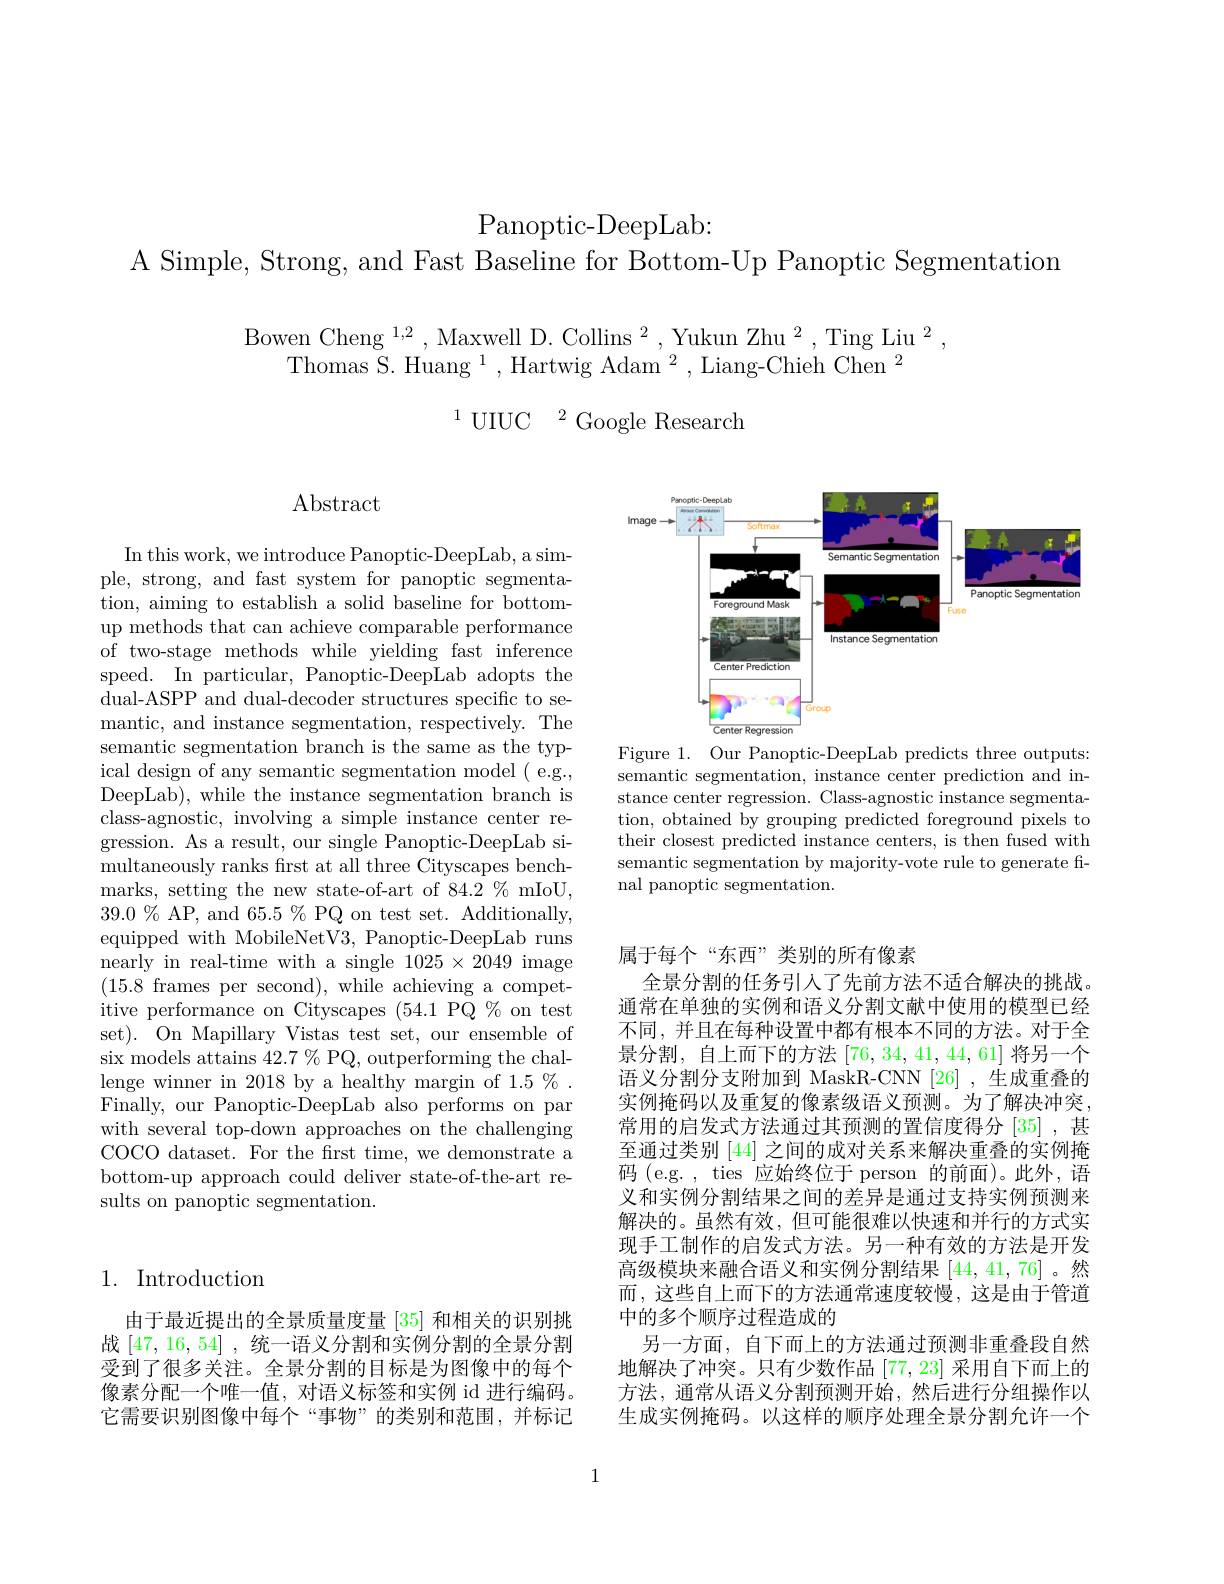
Panoptic-DeepLab:

A Simple, Strong, and Fast Baseline for Bottom-Up Panoptic Segmentation

Bowen Cheng $^1,2$,Maxwell D. Collins$^2$,Yukun Zhu$^2$,Ting Liu$^2$
Thomas S. Huang $^1$,Hartwig Adam$^2$,Liang-Chieh Chen$^2$

$^{1}$UIUC$^2$Google Research

$\operatorname{Abstract}$

<FigureHere>
Figure 1. Our Panoptic-DeepLab predicts three outputs:

semantic segmentation, instance center prediction and instance center regression. Class-agnostic instance segmentation, obtained by grouping predicted foreground pixels to their closest predicted instance centers, is then fused with semantic segmentation by majority-vote rule to generate final panoptic segmentation.

In this work, we introduce Panoptic-DeepLab, a simple, strong, and fast system for panoptic segmentation, aiming to establish a solid baseline for bottomup methods that can achieve comparable performance of two-stage methods while yielding fast inference speed. In particular, Panoptic-DeepLab adopts the dual-ASPP and dual-decoder structures specific to semantic, and instance segmentation, respectively. The semantic segmentation branch is the same as the typical design of any semantic segmentation model ( e.g., DeepLab), while the instance segmentation branch is class-agnostic, involving a simple instance center regression. As a result, our single Panoptic-DeepLab simultaneously ranks frst at all three Cityscapes benchmarks, setting the new state-of-art of 84.2 % mIoU, $39.0\%$ AP, and 65.5 % PQ on test set. Additionally, equipped with MobileNetV3, Panoptic-DeepLab runs nearly in real-time with a single $1025\times2049$ image (15.8 frames per second), while achieving a competitive performance on Cityscapes (54.1 PQ % on test set). On Mapillary Vistas test set, our ensemble of six models attains $42.7\%$ PQ, outperforming the challenge winner in 2018 by a healthy margin of $1.5\%$ Finally, our Panoptic-$\overset{.}{\operatorname*{\text{DeepLab also performs on par}}}$ with several top-down approaches on the challenging COCO dataset. For the first time, we demonstrate a bottom-up approach could deliver state-of-the-art results on panoptic segmentation.

属于每个“东西”类别的所有像素
全景分割的任务引人了先前方法不适合解决的挑战。通常在单独的实例和语义分割文献中使用的模型已经不同，并且在每种设置中都有根本不同的方法。对于全景分割，自上而下的方法[76,34,41,44,61]将另一个语义分割分支附加到 MaskR-CNN [26] ,生成重叠的实例掩码以及重复的像素级语义预测。为了解决冲突， 常用的启发式方法通过其预测的置信度得分 [35] ,甚至通过类别[44]之间的成对关系来解决重叠的实例掩码 (e.g. , ties 应始终位于 person 的前面)。此外，语义和实例分割结果之间的差异是通过支持实例预测来解决的。虽然有效，但可能很难以快速和并行的方式实现手工制作的启发式方法。另一种有效的方法是开发高级模块来融合语义和实例分割结果 [44,41,76]。然而，这些自上而下的方法通常速度较慢，这是由于管道中的多个顺序过程造成的
另一方面，自下而上的方法通过预测非重叠段自然地解决了冲突。只有少数作品[77,23]采用自下而上的方法，通常从语义分割预测开始，然后进行分组操作以生成实例掩码。以这样的顺序处理全景分割允许一个

## 1. Introduction

由于最近提出的全景质量度量 [35] 和相关的识别挑战[47,16,54] ,统一语义分割和实例分割的全景分割受到了很多关注。全景分割的目标是为图像中的每个像素分配一个唯一值，对语义标签和实例 id 进行编码。它需要识别图像中每个“事物”的类别和范围，并标记

1